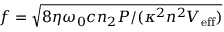
f = \sqrt { 8 \eta \omega _ { 0 } c n _ { 2 } P / ( \kappa ^ { 2 } n ^ { 2 } V _ { \mathrm { e f f } } ) }